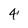
Character: 4